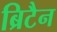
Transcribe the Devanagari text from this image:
ब्रिटैन